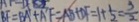
B F = B A + A F = A B + D F = 1 + \frac { 1 } { 2 } = \frac { 3 } { 2 }